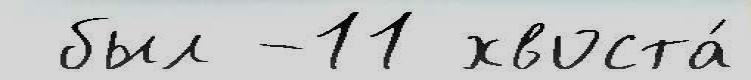
 был -11 хвоста́